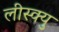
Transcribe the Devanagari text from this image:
लीस्क्यु